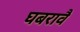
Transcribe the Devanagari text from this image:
घबरावै